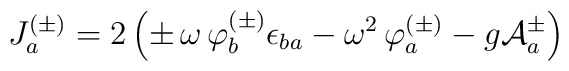
J_a^{(\pm)} = 2\left(\pm\,\omega\,\varphi_b^{(\pm)}\epsilon_{ba} - \omega^2 \, \varphi_a^{(\pm)}- g {\cal A}_a^{\pm} \right)